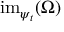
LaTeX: { \mathrm { i m } } _ { \psi _ { t } } ( \Omega )